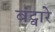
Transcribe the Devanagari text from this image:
बंट्वारे